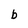
Character: b